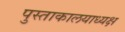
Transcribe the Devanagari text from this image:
पुस्ताकालयाध्यक्ष